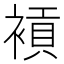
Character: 𧜙